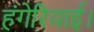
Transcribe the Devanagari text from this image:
हंगेरियाई।